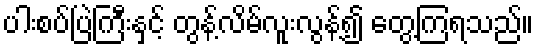
ပါးစပ်ပြဲကြီးနှင့် တွန့်လိမ်လူးလွန့်၍ တွေ့ကြရသည်။